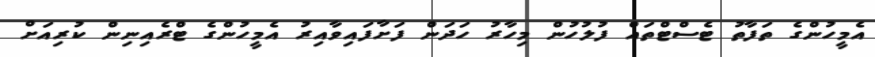
އެމީހުންގެ ތަފާތު ޓެސްޓްތައް ފުލުހުން މިހާރު ހަދަން ފަށާފައިވާއިރު އެމީހުންގެ ޓްރެއިނިން ކުރިއަށް